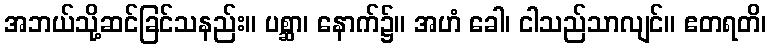
အဘယ်သို့ဆင်ခြင်သနည်း။ ပစ္ဆာ၊ နောက်၌။ အဟံ ခေါ၊ ငါသည်သာလျင်။ ဧတရတိ၊